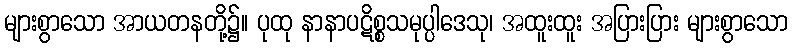
များစွာသော အာယတနတို့၌။ ပုထု နာနာပဋိစ္စသမုပ္ပါဒေသု၊ အထူးထူး အပြားပြား များစွာသော